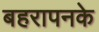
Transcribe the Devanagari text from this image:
बहरापनके